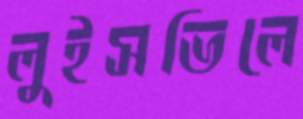
লুইসভিলে